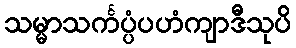
သမ္မာသင်္ကပ္ပံပဟံကျာဒီသုပိ